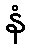
နံ